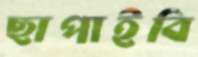
ছাপাইবি